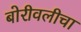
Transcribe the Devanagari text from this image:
बोरीवलीचा